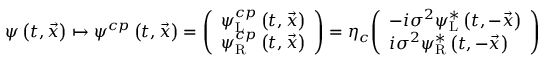
\psi \left( t , { \vec { x } } \right) \mapsto \psi ^ { c p } \left( t , { \vec { x } } \right) = { \left( \begin{array} { l } { \psi _ { \mathrm { L } } ^ { c p } \left( t , { \vec { x } } \right) } \\ { \psi _ { \mathrm { R } } ^ { c p } \left( t , { \vec { x } } \right) } \end{array} \right) } = \eta _ { c } { \left( \begin{array} { l } { - i \sigma ^ { 2 } \psi _ { \mathrm { L } } ^ { * } \left( t , - { \vec { x } } \right) } \\ { i \sigma ^ { 2 } \psi _ { \mathrm { R } } ^ { * } \left( t , - { \vec { x } } \right) } \end{array} \right) }